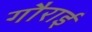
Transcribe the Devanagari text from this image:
गौराई